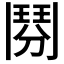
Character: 𩰏